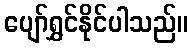
ပျော်ရွှင်နိုင်ပါသည်။